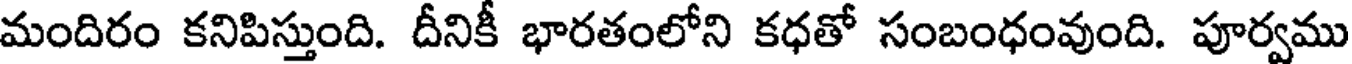
మందిరం కనిపిస్తుంది. దీనికీ భారతంలోని కధతో సంబంధంవుంది. పూర్వము